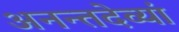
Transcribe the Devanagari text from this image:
अनन्तदेव्यां